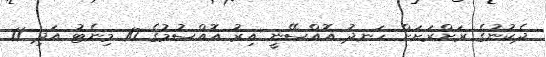
ދެކުނުގެ ރަށްރަށަށް ހަނދު އޮއްސޭނީ އިރު އޮއްސުމުގެ 10 މިނެޓު އަދި 11